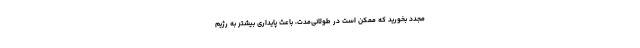
مجدد بخورید که ممکن است در طولانی‌مدت، باعث پایداری بیشتر به رژیم